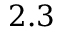
2 . 3